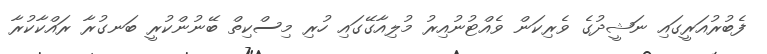
ފެބުރުއަރީގައި ނަޝީދުގެ ވެރިކަން ވެއްޓުނުއިރު މުލިއާގޭގައި ހުރި މިސްކިތް ބޭނުންކުރީ ބަނގުރާ ރައްކާކުރާ